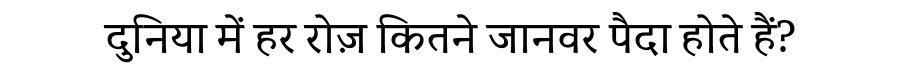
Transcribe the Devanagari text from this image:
दुनिया में हर रोज़ कितने जानवर पैदा होते हैं?